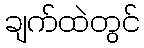
ချက်ထဲတွင်